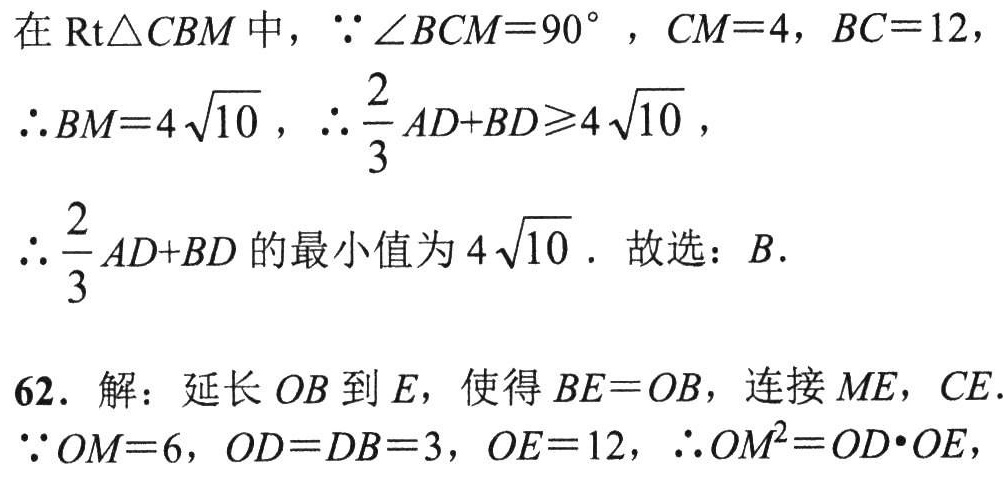
在 \(\text{Rt}\triangle CBM\) 中，\(\because \angle BCM = 90^{\circ}\)，\(CM = 4\)，\(BC = 12\)，
\(\therefore BM = 4\sqrt{10}\)，\(\therefore \frac{2}{3}AD + BD\geqslant4\sqrt{10}\)，
\(\therefore \frac{2}{3}AD + BD\) 的最小值为 \(4\sqrt{10}\)．故选：\(B\)．
62. 解：延长 \(OB\) 到 \(E\)，使得 \(BE = OB\)，连接 \(ME\)，\(CE\)．
\(\because OM = 6\)，\(OD = DB = 3\)，\(OE = 12\)，\(\therefore OM^{2}=OD\cdot OE\)，